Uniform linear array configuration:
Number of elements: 48
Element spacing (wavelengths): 1
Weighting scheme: kaiser
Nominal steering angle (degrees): -45
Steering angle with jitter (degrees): -43.862
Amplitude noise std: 0.05
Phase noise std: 0.05

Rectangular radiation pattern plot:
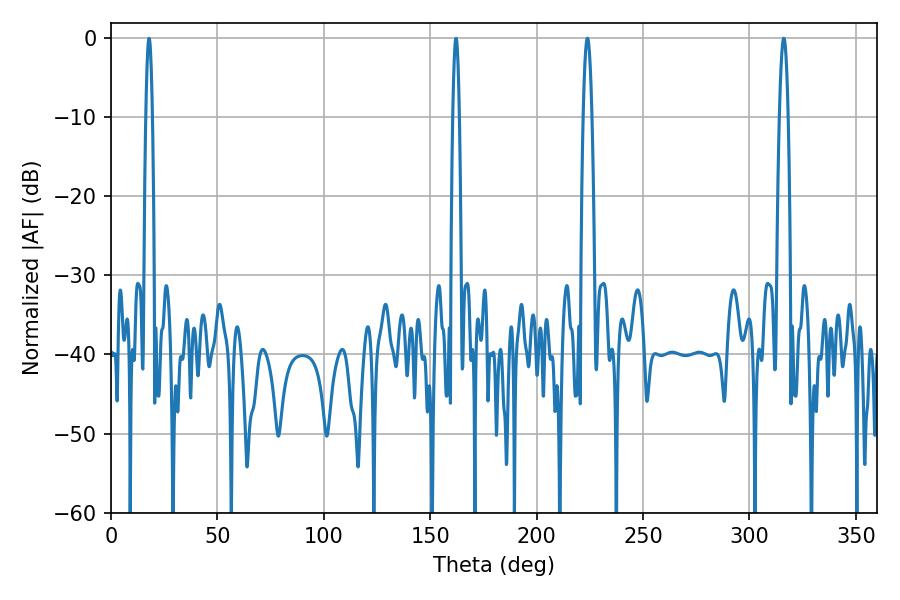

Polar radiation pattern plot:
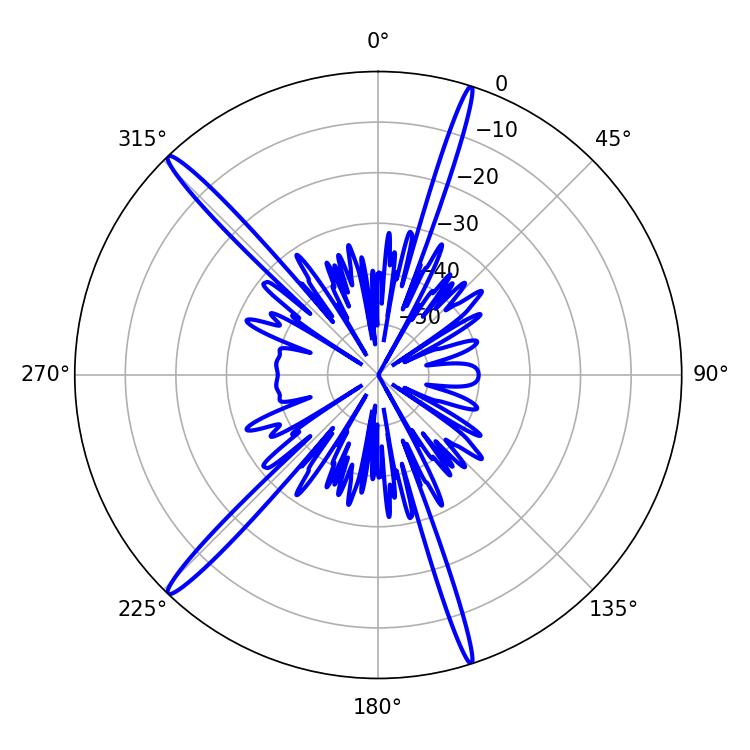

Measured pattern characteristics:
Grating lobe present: TRUE
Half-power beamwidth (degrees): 2.16
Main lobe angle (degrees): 316.08